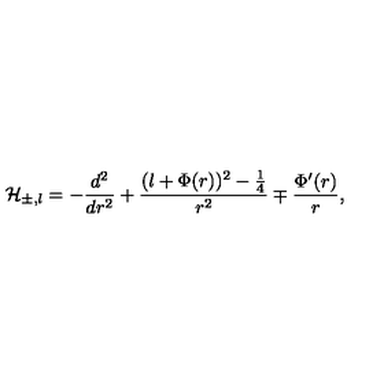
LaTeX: { \cal H } _ { \pm , l } = - \displaystyle \frac { d ^ { 2 } } { d r ^ { 2 } } + \displaystyle \frac { ( l + \Phi ( r ) ) ^ { 2 } - \frac { 1 } { 4 } } { r ^ { 2 } } \mp \displaystyle \frac { \Phi ^ { \prime } ( r ) } { r } ,